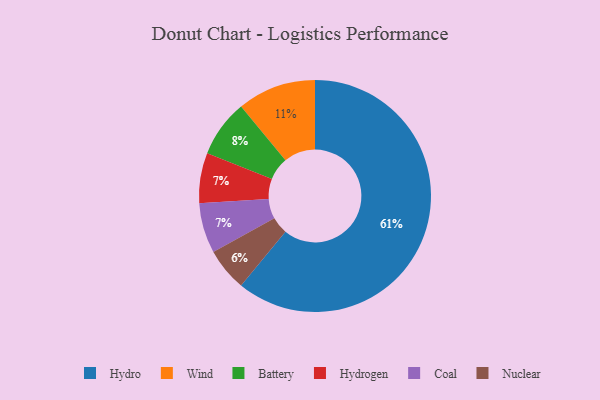
{"axis": {"x": "Category", "y": "Percentage"}, "legend": ["Battery", "Coal", "Hydro", "Hydrogen", "Nuclear", "Wind"], "data": [{"x": "Hydrogen", "y": 7, "type": "Hydrogen"}, {"x": "Nuclear", "y": 6, "type": "Nuclear"}, {"x": "Hydro", "y": 61, "type": "Hydro"}, {"x": "Battery", "y": 8, "type": "Battery"}, {"x": "Wind", "y": 11, "type": "Wind"}, {"x": "Coal", "y": 7, "type": "Coal"}]}